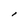
Character: I